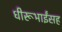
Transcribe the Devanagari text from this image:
धीरूभाईंसह